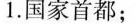
1.国家首都；